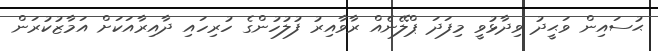
ޙުސައިން ވަޙީދު ވިދާޅުވީ މިފަދަ ޕްލޭނެއް ރާވާއިރު ފުލުހުންގެ ހުރިހައި ދާއިރާއަކަށް އަމާޒުކުރަން